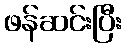
ဖန်ဆင်းပြီး